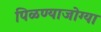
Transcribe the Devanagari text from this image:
पिळण्याजोग्या